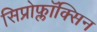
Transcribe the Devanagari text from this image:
सिप्रोफ्लॉक्सिन